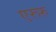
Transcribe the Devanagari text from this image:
एरूरु